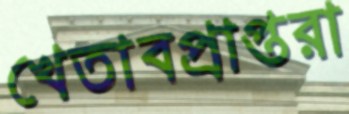
খেতাবপ্রাপ্তরা